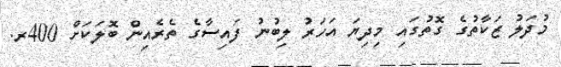
މުދަލު ޒަކާތުގެ ގޮތުގައި މިދިޔަ އަހަރު ލިބުނު ފައިސާގެ ތެރެއިން ބޮލަކަށް 400ރ.